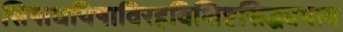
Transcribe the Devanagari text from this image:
सिषाधयिषाविरहविशिष्टसिद्ध्यभाव